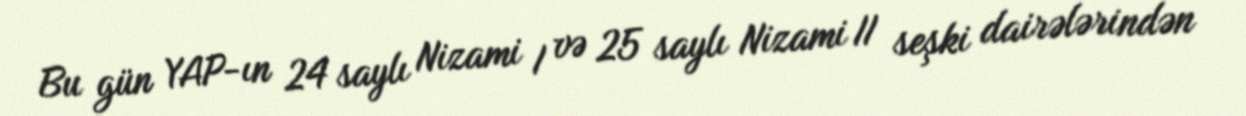
Bu gün YAP-ın 24 saylı Nizami I və 25 saylı Nizami II seşki dairələrindən